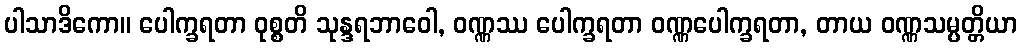
ပါသာဒိကော။ ပေါက္ခရတာ ဝုစ္စတိ သုန္ဒရဘာဝေါ, ဝဏ္ဏဿ ပေါက္ခရတာ ဝဏ္ဏပေါက္ခရတာ, တာယ ဝဏ္ဏသမ္ပတ္တိယာ